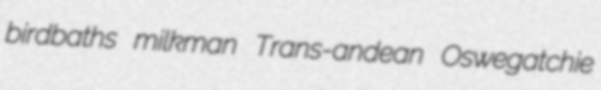
birdbaths milkman Trans-andean Oswegatchie